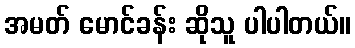
အမတ် မောင်ခန်း ဆိုသူ ပါပါတယ်။